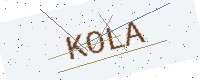
Text: KOLA